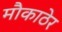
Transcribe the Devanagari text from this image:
मौकाठेर